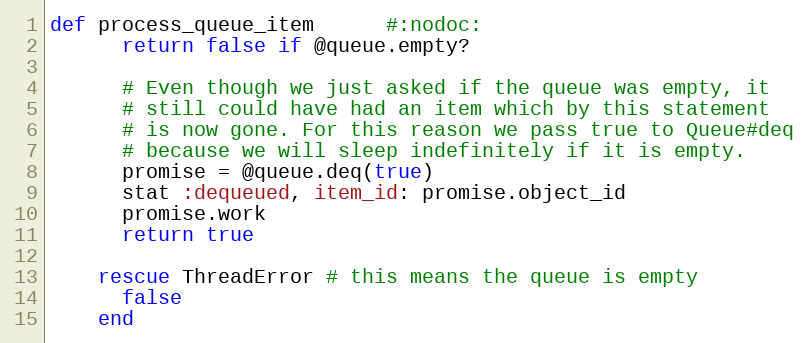
Language: Ruby
def process_queue_item      #:nodoc:
      return false if @queue.empty?

      # Even though we just asked if the queue was empty, it
      # still could have had an item which by this statement
      # is now gone. For this reason we pass true to Queue#deq
      # because we will sleep indefinitely if it is empty.
      promise = @queue.deq(true)
      stat :dequeued, item_id: promise.object_id
      promise.work
      return true

    rescue ThreadError # this means the queue is empty
      false
    end